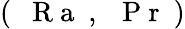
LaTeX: (\mathrm{~\textit~{~R~a~}~},\mathrm{~\textit~{~P~r~}~})